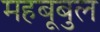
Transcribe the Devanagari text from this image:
महबूबुल